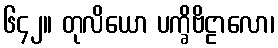
၆၄၂။ တုလိယော ပက္ခိဗိဠာလော၊